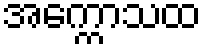
အက္ကောသထ